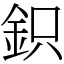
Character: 鉙